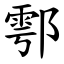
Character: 鄠